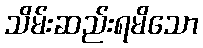
သိမ်းဆည်းရမိသော